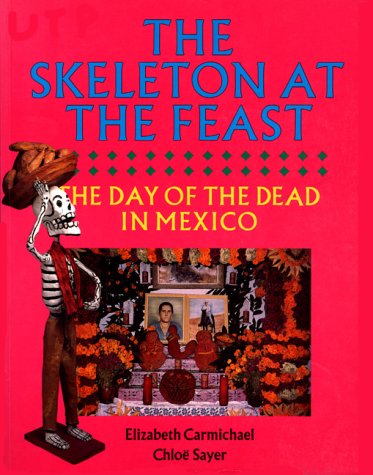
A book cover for The Skeleton at the Feast: The Day of the Dead in Mexico; Elizabeth Carmichael; History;